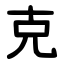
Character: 克